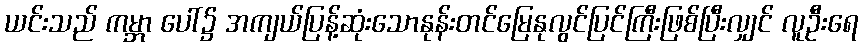
ယင်းသည် ကမ္ဘာ ပေါ်၌ အကျယ်ပြန့်ဆုံးသောနုန်းတင်မြေနုလွင်ပြင်ကြီးဖြစ်ပြီးလျှင် လူဦးရေ